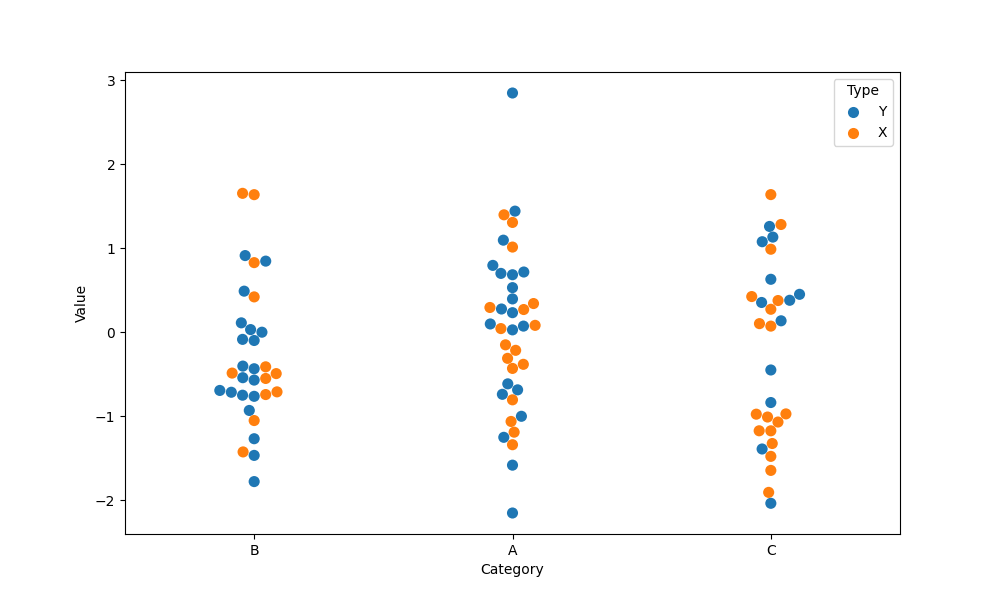
python, seaborn, swarmplot, dodge=False, alpha=1.0, size=8